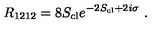
R _ { 1 2 1 2 } = 8 S _ { \mathrm { c l } } e ^ { - 2 S _ { \mathrm { c l } } + 2 i \sigma } \ .